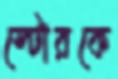
স্টোরকে